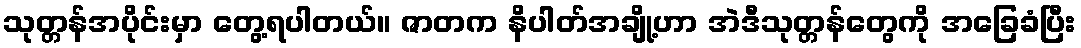
သုတ္တန်အပိုင်းမှာ တွေ့ရပါတယ်။ ဇာတက နိပါတ်အချို့ဟာ အဲဒီသုတ္တန်တွေကို အခြေခံပြီး